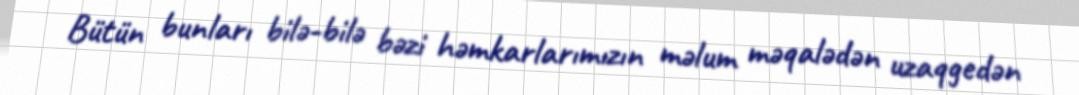
Bütün bunları bilə-bilə bəzi həmkarlarımızın məlum məqalədən uzaqgedən